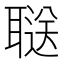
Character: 𬚥